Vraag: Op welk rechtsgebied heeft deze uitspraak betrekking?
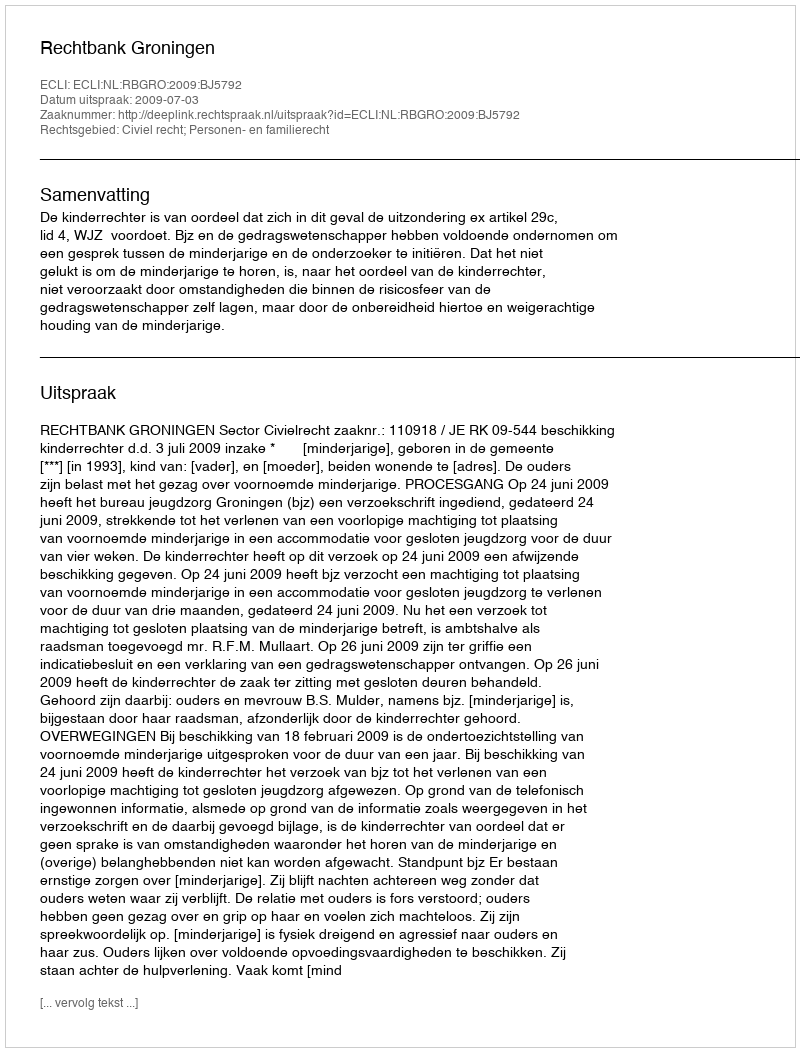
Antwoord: Civiel recht; Personen- en familierecht